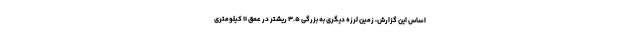
اساس این گزارش، زمین لرزه دیگری به بزرگی ۳.۵ ریشتر در عمق ۱۱ کیلومتری